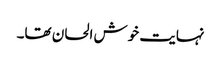
نہایت خوش الحان تھا۔